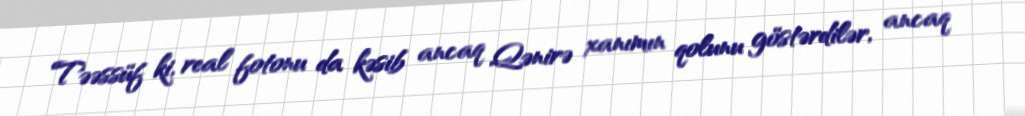
Təəssüf ki, real fotonu da kəsib ancaq Qənirə xanımın qolunu göstərdilər, ancaq